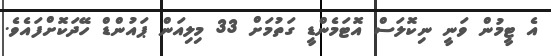
އެ ޓީމުން ވަނީ ނިކޮލަސް އޮޓަމެންޑީ ގަތުމަށް 33 މިލިއަން ޕައުންޑް ހޭދަކޮށްފައެވެ.